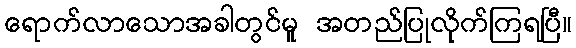
ရောက်လာသောအခါတွင်မူ အတည်ပြုလိုက်ကြရပြီ။